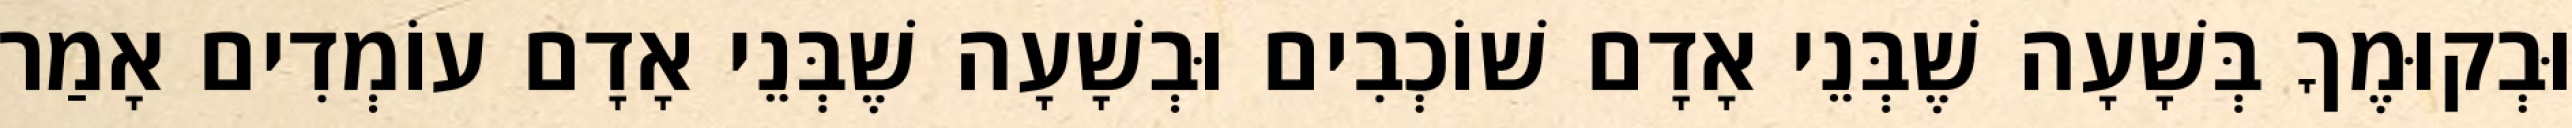
וּבְקוּמֶךָ בְּשָׁעָה שֶׁבְּנֵי אָדָם שׁוֹכְבִים וּבְשָׁעָה שֶׁבְּנֵי אָדָם עוֹמְדִים אָמַר